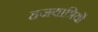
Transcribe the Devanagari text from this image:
हजयात्रियों